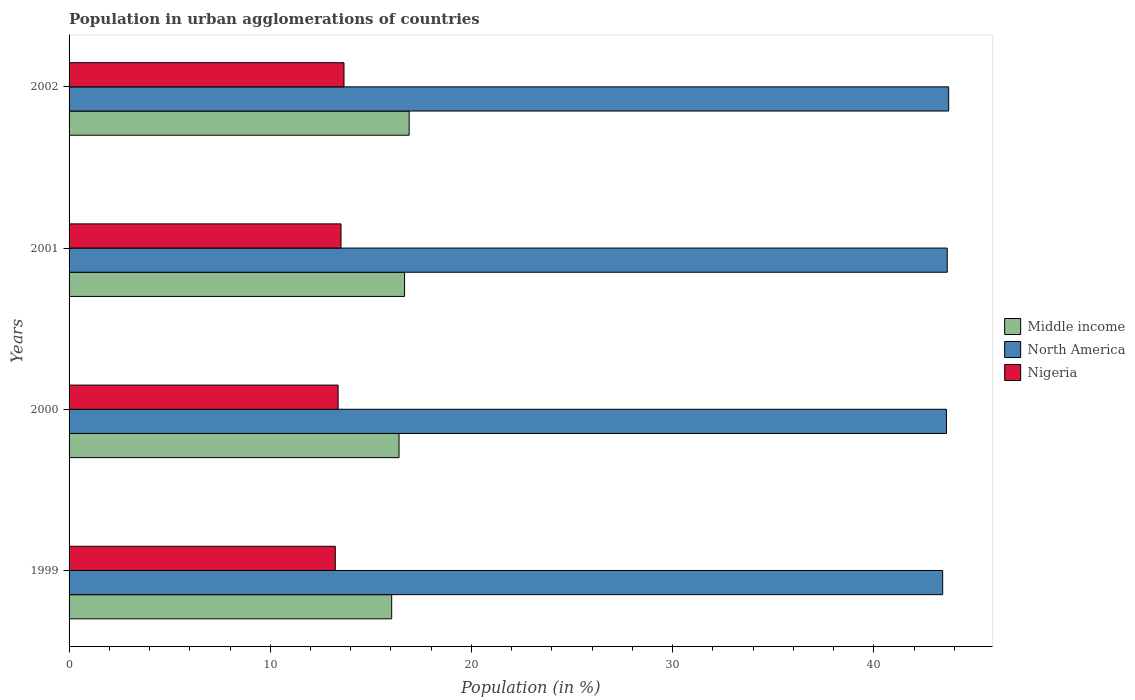
| Years | Middle income | North America | Nigeria |
 | --- | --- | --- | --- |
 | 1999 | 16 | 43.4 | 13.2 |
 | 2000 | 16.4 | 43.6 | 13.4 |
 | 2001 | 16.7 | 43.6 | 13.5 |
 | 2002 | 16.9 | 43.7 | 13.7 |